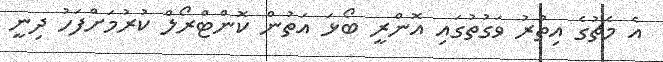
އެ މެޗުގެ އިތުރު ވަގުތުގައި އޮންރީ ބޯޅަ އަތުން ކޮންޓްރޯލް ކުރުމަށްފަހު ދިނީ